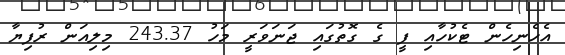
އެހެނިހެން ޓެކުހާއި ފީ ގެ ގޮތުގައި ޖަނަވަރީ މަހު 243.37 މިލިއަން ރުފިޔާ